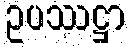
ဥပဿဋ္ဌာ